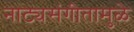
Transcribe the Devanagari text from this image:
नाट्यसंगीतामुळे